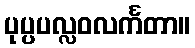
ပုပ္ပပလ္လဝလင်္ကတာ။